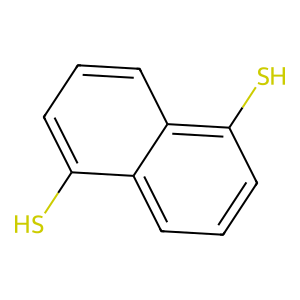
SMILES: Sc1cccc2c(S)cccc12
Inhibits HIV replication: No